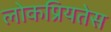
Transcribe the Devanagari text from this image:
लोकप्रियतेस